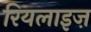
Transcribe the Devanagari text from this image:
रियलाइज़